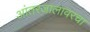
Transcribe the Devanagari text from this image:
आंतरजालावरचा